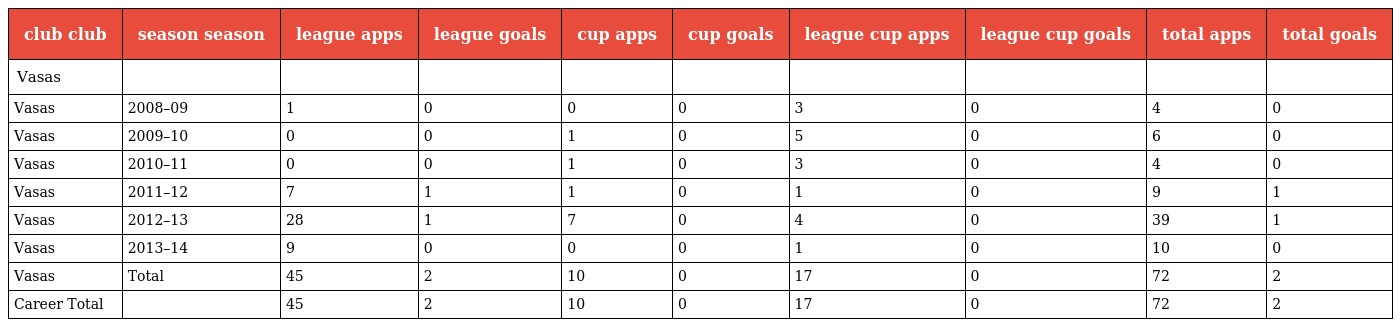
| club club | season season | league apps | league goals | cup apps | cup goals | league cup apps | league cup goals | total apps | total goals |
 | --- | --- | --- | --- | --- | --- | --- | --- | --- | --- |
 | Vasas |  |  |  |  |  |  |  |  |  |
 | Vasas | 2008–09 | 1 | 0 | 0 | 0 | 3 | 0 | 4 | 0 |
 | Vasas | 2009–10 | 0 | 0 | 1 | 0 | 5 | 0 | 6 | 0 |
 | Vasas | 2010–11 | 0 | 0 | 1 | 0 | 3 | 0 | 4 | 0 |
 | Vasas | 2011–12 | 7 | 1 | 1 | 0 | 1 | 0 | 9 | 1 |
 | Vasas | 2012–13 | 28 | 1 | 7 | 0 | 4 | 0 | 39 | 1 |
 | Vasas | 2013–14 | 9 | 0 | 0 | 0 | 1 | 0 | 10 | 0 |
 | Vasas | Total | 45 | 2 | 10 | 0 | 17 | 0 | 72 | 2 |
 | Career Total |  | 45 | 2 | 10 | 0 | 17 | 0 | 72 | 2 |